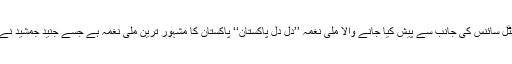
1987 میں مشہور پاپ بینڈ وائٹل سائنس کی جانب سے پیش کیا جانے والا ملی نغمہ ’’دل دل پاکستان‘‘ پاکستان کا مشہور ترین ملی نغمہ ہے جسے جنید جمشید نے اپنی خوبصورت آواز میں گایا۔